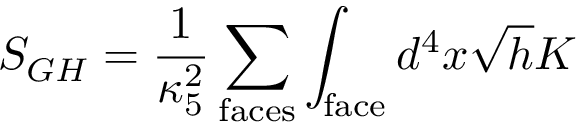
S _ { G H } = \frac { 1 } { \kappa _ { 5 } ^ { 2 } } \sum _ { \mathrm { f a c e s } } \int _ { \mathrm { f a c e } } d ^ { 4 } x \sqrt { h } K